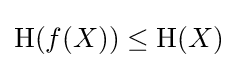
\mathrm {H} (f(X))\leq \mathrm {H} (X)